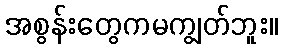
အစွန်းတွေကမကျွတ်ဘူး။